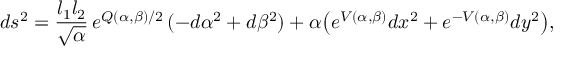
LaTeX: d s ^ { 2 } = { \frac { l _ { 1 } l _ { 2 } } { \sqrt { \alpha } } } \, e ^ { Q ( \alpha , \beta ) / 2 } \, ( - d \alpha ^ { 2 } + d \beta ^ { 2 } ) + \alpha { \left( e ^ { V ( \alpha , \beta ) } d x ^ { 2 } + e ^ { - V ( \alpha , \beta ) } d y ^ { 2 } \right) } ,